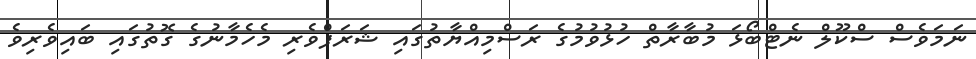
ނަމަވެސް ސްކޫލް ނެޓްބޯޅަ މުބާރާތް ހުޅުވުމުގެ ރަސްމިއްޔާތުގައި ޝަރަފްވެރި މެހެމާނުގެ ގޮތުގައި ބައިވެރިވެ